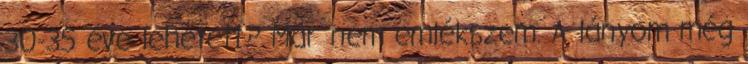
30-35 éve lehetett? Már nem emlékszem. A lányom még